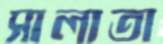
সালাতা